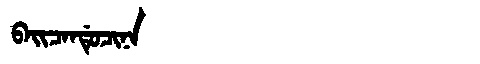
Manchu: ᠪᠠᡳᠴᠠᠨᡩᡠᠴᡳᠨᠠ
Romanization: BAICANDUCINA